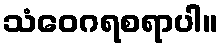
သံဝေဂရစရာပါ။